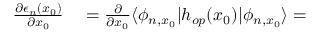
\begin{array} { r l } { \frac { \partial \epsilon _ { n } ( x _ { 0 } ) } { \partial x _ { 0 } } } & { { } = \frac { \partial } { \partial x _ { 0 } } \langle \phi _ { n , x _ { 0 } } | h _ { o p } ( x _ { 0 } ) | \phi _ { n , x _ { 0 } } \rangle = } \end{array}